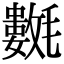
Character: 𣰟